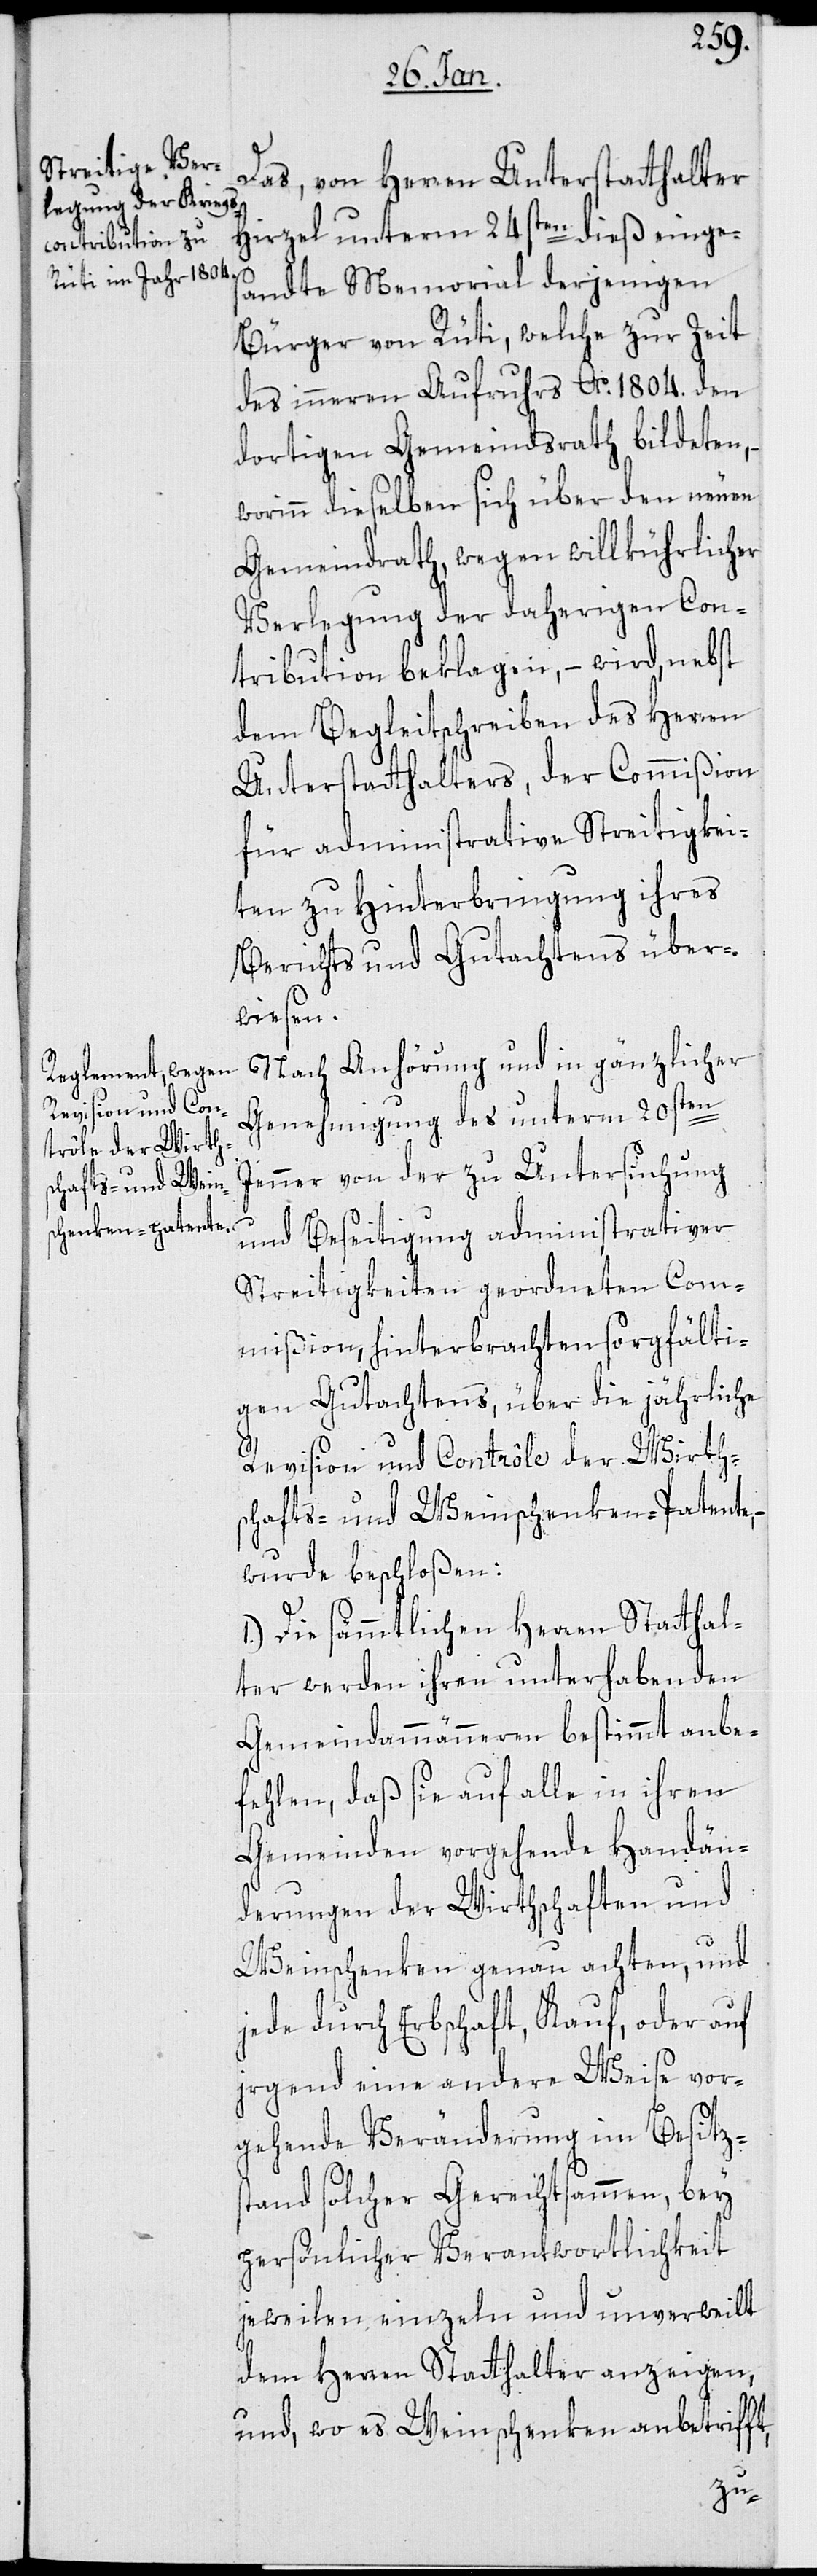
Das, von Herren Unterstatthalter
Hirzel unterm 24sten dieß einge¬
sandte Memorial derjenigen
Bürger von Rüti, welche zur Zeit
des inneren Aufruhrs Ao 1804. den
dortigen Gemeindsrath bildeten,
worinn dieselben sich über den neuen
Gemeindrath, wegen willkührlicher
Verlegung der daherigen Con¬
tribution beklagen, – wird nebst
dem Begleitschreiben des Herren
Unterstatthalters, der Commißion
für administrative Streitigkei¬
ten zu Hinterbringung ihres
Berichts und Gutachtens über¬
wiesen.
Nach Anhörung und in gänzlicher
Genehmigung des unterm 20sten
Jenner von der zu Untersuchung
und Beseitigung administrativer
Streitigkeiten geordneten Com¬
mißion, hinterbrachten sorgfälti¬
gen Gutachtens, über die jährliche
Revision und Contrôle der Wirth¬
schafts- und Weinschenken-Patente,
wurde beschloßen:
1.) Die sämmtlichen Herren Statthal¬
ter werden ihren unterhabenden
Gemeindammänneren bestimmt anbe¬
fehlen, daß sie auf alle in ihren
Gemeinden vorgehende Handän¬
derungen der Wirthschaften und
Weinschenken genau achten, und
jede durch Erbschaft, Kauf, oder auf
irgend eine andere Weise vor¬
gehende Veränderung im Besitz¬
stand solcher Gerechtsammen, bey
persönlicher Verantwortlichkeit
jeweilen einzeln und unverweilt
dem Herren Statthalter anzeigen,
und wo es Weinschenken anbetrifft,